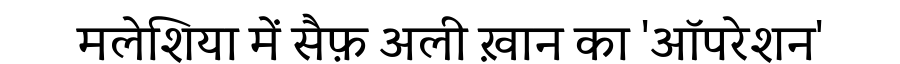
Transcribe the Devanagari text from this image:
मलेशिया में सैफ़ अली ख़ान का 'ऑपरेशन'